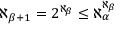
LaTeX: \aleph _ { \beta + 1 } = 2 ^ { \aleph _ { \beta } } \leq \aleph _ { \alpha } ^ { \aleph _ { \beta } }